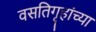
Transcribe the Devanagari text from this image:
वसतिगृहांच्या